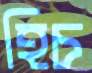
হিচ